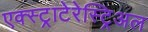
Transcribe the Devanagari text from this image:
एक्स्ट्राटेरेस्ट्रिअल